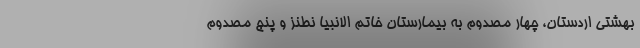
بهشتی اردستان، چهار مصدوم به بیمارستان خاتم الانبیا نطنز و پنج مصدوم